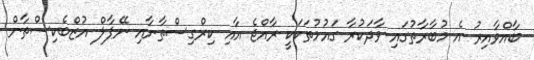
ބާއްވާއިރު އެ މުބާރާތުގައި ވާދަކުރާ ގައުމުތަކަކީ ރާއްޖެ އާއި ކިރްގިސްތާނާއި ނޭޕާލް އުޒްބެކިސްތާން